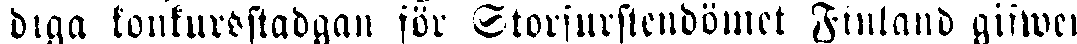
diga konkursstadgan för Storfurstendömet Finland gifwen